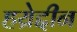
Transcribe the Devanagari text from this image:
हय्रेद्दीन